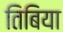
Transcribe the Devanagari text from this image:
तिबिया